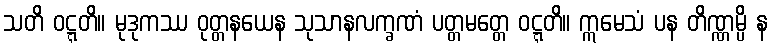
သတိ ဝဋ္ဋတိ။ မုဒုကဿ ဝုတ္တနယေန သုသာနလက္ခဏံ ပတ္တမတ္တေ ဝဋ္ဋတိ။ ဣမေသံ ပန တိဏ္ဏမ္ပိ န